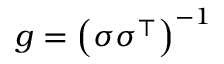
g = \left( \sigma \sigma ^ { \top } \right) ^ { - 1 }